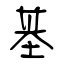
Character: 基